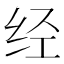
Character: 经